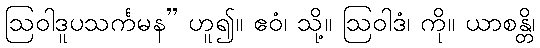
ဩဝါဒူပသင်္ကမန” ဟူ၍။ ဧဝံ၊ သို့။ ဩဝါဒံ၊ ကို။ ယာစန္တိ၊